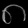
Digit: ၈